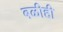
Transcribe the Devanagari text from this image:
बळीही